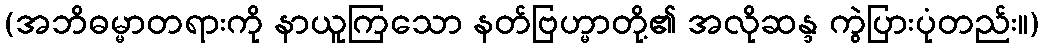
(အဘိဓမ္မာတရားကို နာယူကြသော နတ်ဗြဟ္မာတို့၏ အလိုဆန္ဒ ကွဲပြားပုံတည်း။)